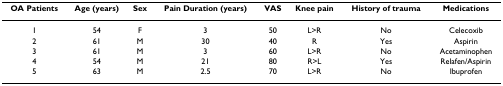
| OA Patients | Age (years) | Sex | Pain Duration (years) | VAS | Knee pain | History of trauma | Medications |
 | --- | --- | --- | --- | --- | --- | --- | --- |
 | 1 | 54 | F | 3 | 50 | L>R | No | Celecoxib |
 | 2 | 61 | M | 30 | 40 | R | Yes | Aspirin |
 | 3 | 61 | M | 3 | 60 | L>R | No | Acetaminophen |
 | 4 | 54 | M | 21 | 80 | R>L | Yes | Relafen/Aspirin |
 | 5 | 63 | M | 2.5 | 70 | L>R | No | Ibuprofen |